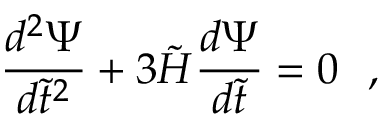
{ \frac { d ^ { 2 } \Psi } { d \tilde { t } ^ { 2 } } } + 3 \tilde { H } { \frac { d \Psi } { d \tilde { t } } } = 0 \ \ ,